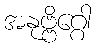
အနုဗ္ဗိဂ္ဂေါ